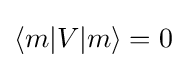
\langle m|V|m\rangle =0